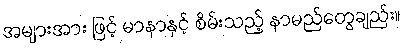
အများအား ဖြင့် မာနာနှင့် စိမ်းသည့် နာမည်တွေချည်း။